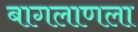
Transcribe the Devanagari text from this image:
बागलाणला